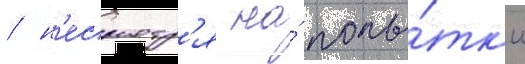
/ н'есмотр'я на́ попы́тк'и